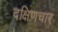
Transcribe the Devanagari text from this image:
दक्षिणचार